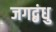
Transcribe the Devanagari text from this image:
जगद्बंधु